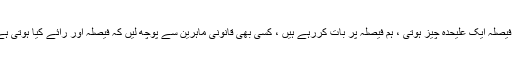
رائے اور فیصلہ میں فرق ہے ، رائے ایک چیز ہوتی ہے ، فیصلہ ایک علیحدہ چیز ہوتی ، ہم فیصلہ پر بات کررہے ہیں ، کسی بھی قانونی ماہرین سے پوچھ لیں کہ فیصلہ اور رائے کیا ہوتی ہے ، رائے منفقسم ہوسکتی ہے ،جبکہ فیصلہ فیصلہ ہوتا ہے ۔